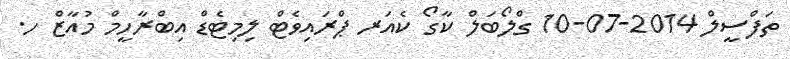
ތަފްސީލް 2014-07-10 ގްލޯބަލް ކާގޯ ކެއަރ ޕްރައިވެޓް ލިމިޓެޑް އިބްރާހީމް މުއާޒް ހ.